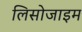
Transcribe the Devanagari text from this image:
लिसोजाइम